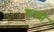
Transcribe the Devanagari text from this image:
डल्से